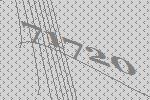
71720